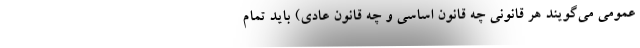
عمومی می‌گویند هر قانونی چه قانون اساسی و چه قانون عادی) باید تمام